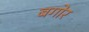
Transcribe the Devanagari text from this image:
बगोर